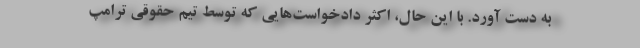
به دست آورد. با این حال، اکثر دادخواست‌هایی که توسط تیم حقوقی ترامپ